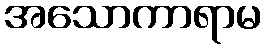
အသောကာရာမ